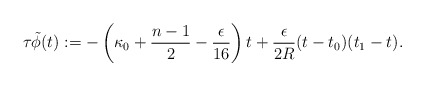
\begin{align*}\tau \tilde{\phi}(t):= -\left( \kappa_0 + \frac{n-1}{2}-\frac{\epsilon }{16}\right) t + \frac{\epsilon}{2R}(t-t_0)(t_1-t). \end{align*}